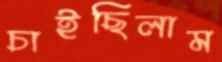
চাইছিলাম